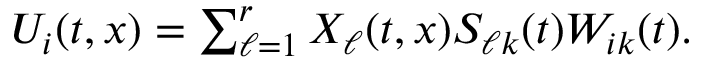
\begin{array} { r } { U _ { i } ( t , x ) = \sum _ { \ell = 1 } ^ { r } X _ { \ell } ( t , x ) S _ { \ell k } ( t ) W _ { i k } ( t ) . } \end{array}